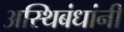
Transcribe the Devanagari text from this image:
अस्थिबंधांनी